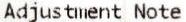
ADJUSTMENT NOTE